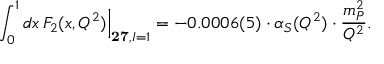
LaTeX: \int _ { 0 } ^ { 1 } d x \, F _ { 2 } ( x , Q ^ { 2 } ) \Big | _ { { \bf 2 7 } , I = 1 } = - 0 . 0 0 0 6 ( 5 ) \cdot \alpha _ { S } ( Q ^ { 2 } ) \cdot \frac { m _ { P } ^ { 2 } } { Q ^ { 2 } } .